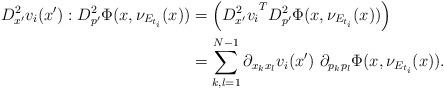
LaTeX: \begin{align*}D^2_{x'}v_i({{x}}'):D^2_{p'}\Phi({x},\nu_{E_{t_i}}({x}))&=\left({D^2_{x'}v_i}^TD^2_{p'}\Phi({x},\nu_{E_{t_i}}({x}))\right)\\&=\sum_{k,l=1}^{N-1}\partial_{x_kx_l} v_i({{x}}')\ \partial_{p_kp_l}\Phi({x},\nu_{E_{t_i}}({x})).\end{align*}